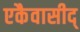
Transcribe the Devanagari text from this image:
एकैवासीद्